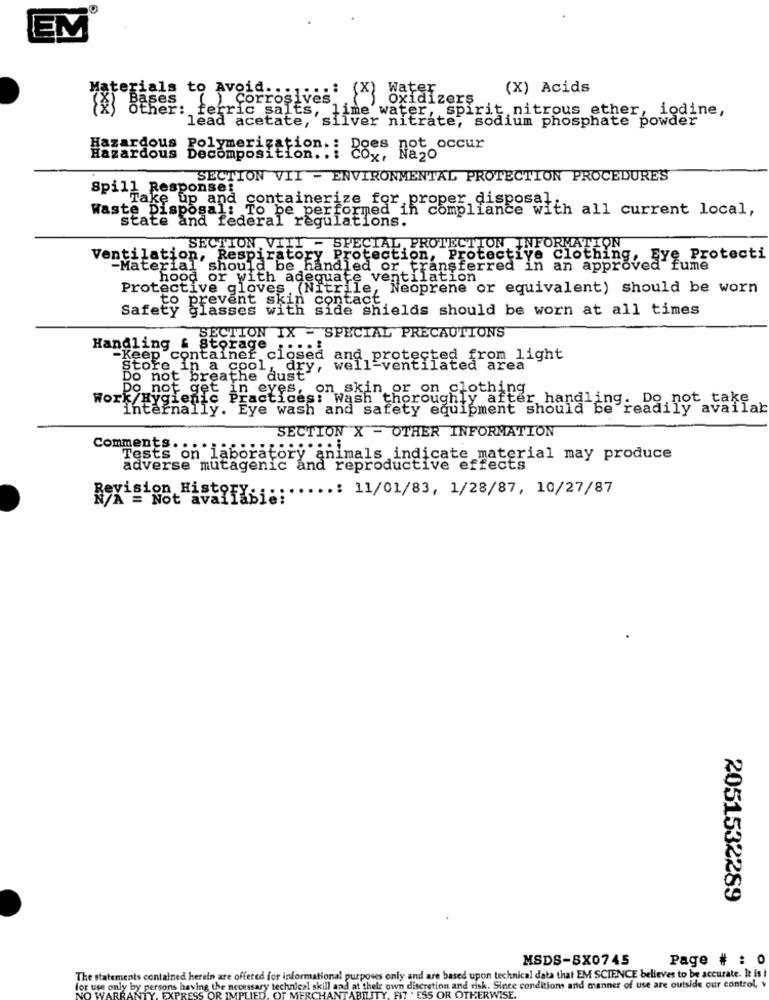
10
EM
Materials to Avoid .::,...: (X) Water
(X) Acids
)Corrosives,
Oxidizers
Other: ferric salts, lime water, spirit nitrous ether, iodine,
lead acetate, silver nitrate, sodium phosphate powder
agooccur
Hazardous Decomposition. . i
Hazardous Polymerization .: ges
SECTION VII - ENVIRONMENTAL PROTECTION PROCEDURES
Spill Response!
Take up and containerize for proper disposal,
Waste Disposal: To be performed in compliance with all current local,
state and federal regulations.
SECTION. VIII - SPECIAL, PROTECTION INFORMATION
Ventilation, Respiratory Protection, Protective Clothing, Eye Protecti
-Material should be handled or transferred in an approved fume
hood or with adequate ventilation
Protective gloves . (Nitrile, Neoprene or equivalent) should be worn
Safety glasses with side shields should be worn at all times
to prevent skin contact
SECTION IX - SPECIAL PRECAUTIONS
Handling & storage ;
-Keep container closed
ted from light
Store in a cool, dry, well-ventilated ar
Do not breathe dust'
Work/Hygieffe Br eros, on skin or on clothing
Practices: Wash thoroughly after handling. Do not take
internally. Eye wash and safety equipment should be readily availa
SECTION X - OTHER INFORMATION
Comments .............. i
Tests on laboratory animals indicate material may produce
adverse mutagenic and reproductive effects
..: 11/01/83, 1/28/87, 10/27/87
N/A = Not avalidbi ::
2051532289
MSDS-SX0745
Page # : 0
The statements contained herein are offere
tional
sonly and are based upon technical data that EM SCIENCE believes to be accurate. It is i
for use only by persons having
own discretion and risk. Since conditions and manner of use are outside our control, v
FIT . ESS OR OTHERWISE.